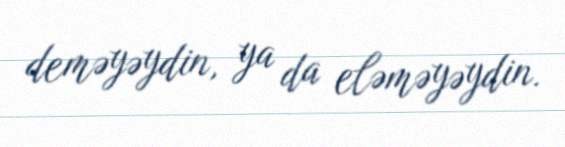
deməyəydin, ya da eləməyəydin.